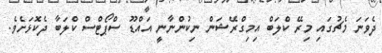
ދެވަނަ މެޗުގައި މިރޭ ކްލަބް އިމިގްރޭޝަން ނިކުންނާނީ އައްޑޫ ސްޕޯޓްސް ކްލަބާ ދެކޮޅަށެވެ.